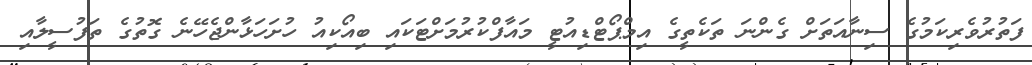
ފަތުރުވެރިކަމުގެ ސިނާއަތަށް ގެންނަ ތަކެތީގެ އިމްޕޯޓްޑިއުޓީ މައާފްކުރުމަށްޓަކައި ބިއޯކިއު ހުށަހަޅާންޖެހޭނެ ގޮތުގެ ތަފުސީލާއި